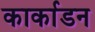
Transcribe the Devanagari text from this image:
कार्काडन